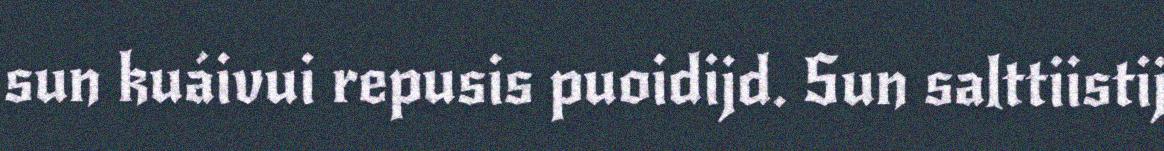
sun kuáivui repusis puoidijd. Sun salttiistij